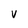
Character: V